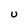
Character: U